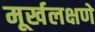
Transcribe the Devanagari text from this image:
मूर्खलक्षणे